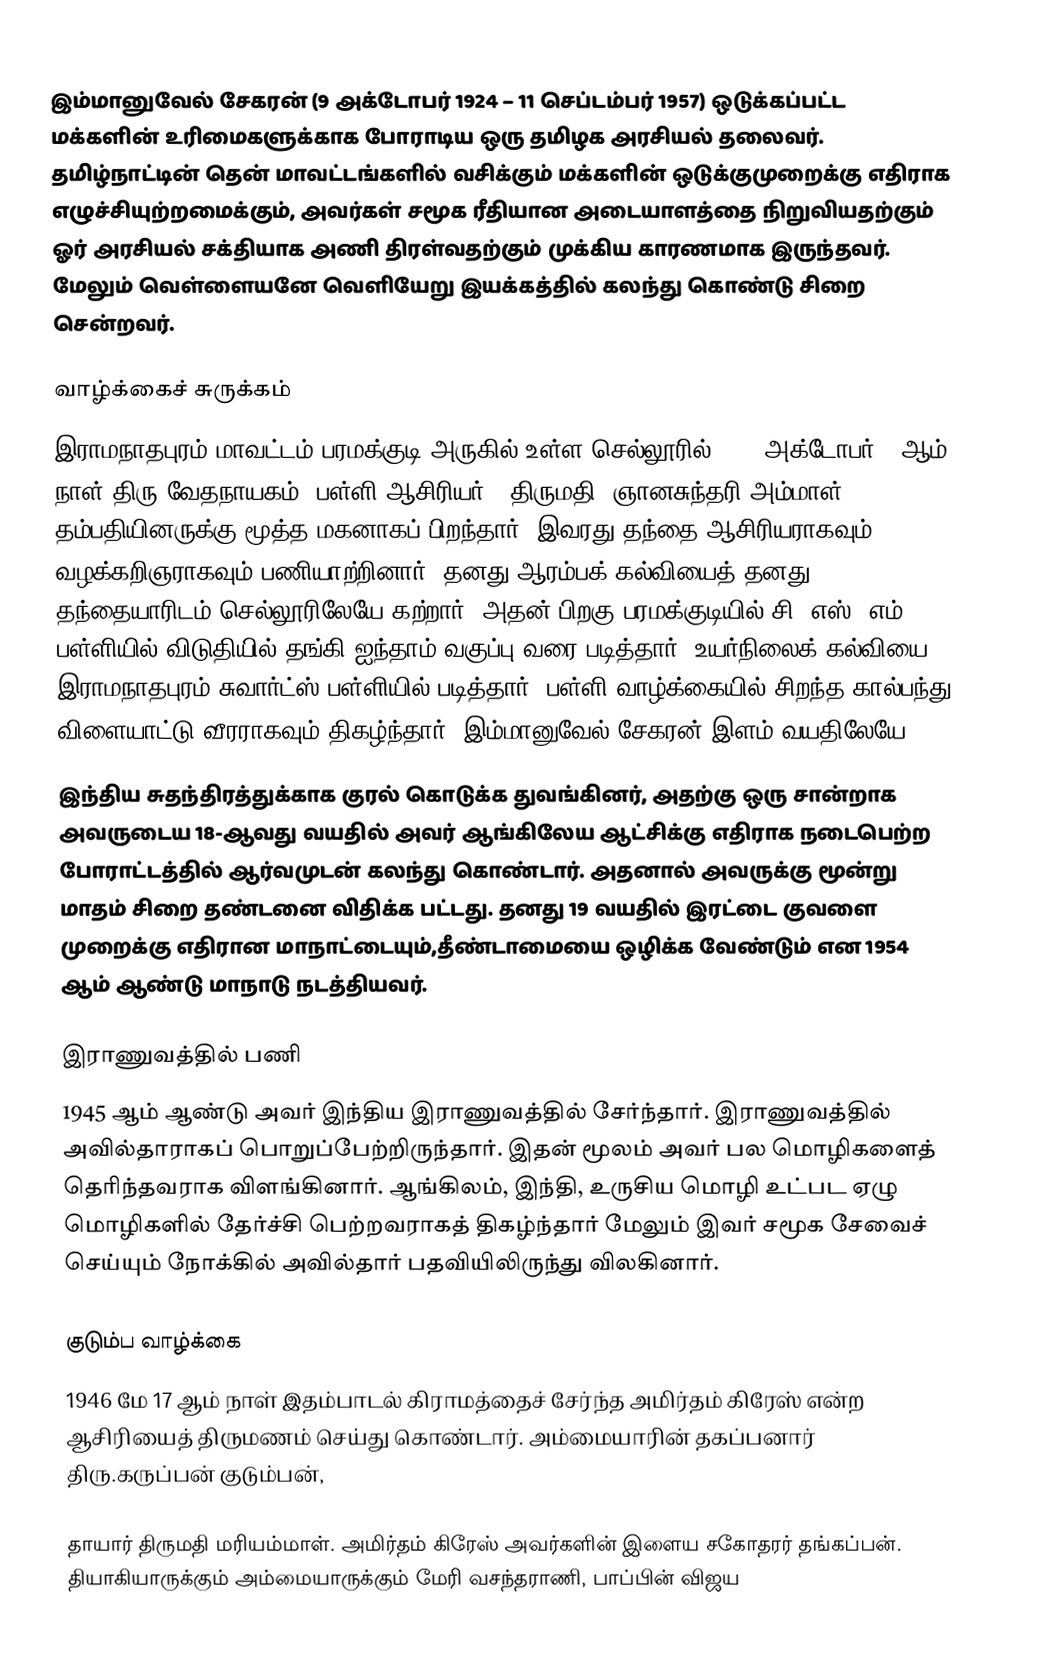
இம்மானுவேல் சேகரன் (9 அக்டோபர் 1924  –  11 செப்டம்பர் 1957)  ஒடுக்கப்பட்ட மக்களின் உரிமைகளுக்காக போராடிய ஒரு தமிழக அரசியல் தலைவர். தமிழ்நாட்டின் தென் மாவட்டங்களில் வசிக்கும் மக்களின்  ஒடுக்குமுறைக்கு எதிராக எழுச்சியுற்றமைக்கும், அவர்கள் சமூக ரீதியான அடையாளத்தை நிறுவியதற்கும் ஓர் அரசியல் சக்தியாக அணி திரள்வதற்கும் முக்கிய காரணமாக இருந்தவர். மேலும் வெள்ளையனே வெளியேறு இயக்கத்தில் கலந்து கொண்டு சிறை சென்றவர்.

வாழ்க்கைச் சுருக்கம்
இராமநாதபுரம் மாவட்டம் பரமக்குடி அருகில் உள்ள செல்லூரில் 1924 அக்டோபர் 9 ஆம் நாள் திரு.வேதநாயகம் (பள்ளி ஆசிரியர்), திருமதி. ஞானசுந்தரி அம்மாள் தம்பதியினருக்கு மூத்த மகனாகப் பிறந்தார். இவரது தந்தை ஆசிரியராகவும் வழக்கறிஞராகவும் பணியாற்றினார். தனது ஆரம்பக் கல்வியைத் தனது தந்தையாரிடம் செல்லூரிலேயே கற்றார். அதன் பிறகு பரமக்குடியில் சி. எஸ். எம். பள்ளியில் விடுதியில் தங்கி ஐந்தாம் வகுப்பு வரை படித்தார். உயர்நிலைக் கல்வியை இராமநாதபுரம் சுவார்ட்ஸ் பள்ளியில் படித்தார். பள்ளி வாழ்க்கையில் சிறந்த கால்பந்து விளையாட்டு வீரராகவும் திகழ்ந்தார். இம்மானுவேல் சேகரன் இளம் வயதிலேயே
இந்திய சுதந்திரத்துக்காக குரல் கொடுக்க துவங்கினர், அதற்கு ஒரு சான்றாக அவருடைய 18-ஆவது வயதில் அவர் ஆங்கிலேய ஆட்சிக்கு எதிராக நடைபெற்ற போராட்டத்தில் ஆர்வமுடன் கலந்து கொண்டார். அதனால் அவருக்கு மூன்று மாதம் சிறை தண்டனை விதிக்க பட்டது. தனது 19 வயதில் இரட்டை குவளை முறைக்கு எதிரான மாநாட்டையும்,தீண்டாமையை ஒழிக்க வேண்டும் என 1954 ஆம் ஆண்டு மாநாடு நடத்தியவர்.

இராணுவத்தில் பணி
1945 ஆம் ஆண்டு அவர் இந்திய இராணுவத்தில் சேர்ந்தார். இராணுவத்தில் அவில்தாராகப் பொறுப்பேற்றிருந்தார். இதன் மூலம் அவர் பல மொழிகளைத் தெரிந்தவராக விளங்கினார். ஆங்கிலம், இந்தி, உருசிய மொழி உட்பட ஏழு மொழிகளில் தேர்ச்சி பெற்றவராகத் திகழ்ந்தார் மேலும் இவர் சமூக சேவைச் செய்யும் நோக்கில் அவில்தார் பதவியிலிருந்து விலகினார்.

குடும்ப வாழ்க்கை
1946 மே 17 ஆம் நாள் இதம்பாடல் கிராமத்தைச் சேர்ந்த அமிர்தம் கிரேஸ் என்ற ஆசிரியைத் திருமணம் செய்து கொண்டார். அம்மையாரின் தகப்பனார் திரு.கருப்பன் குடும்பன்,

தாயார் திருமதி மரியம்மாள். அமிர்தம் கிரேஸ் அவர்களின் இளைய சகோதரர் தங்கப்பன். தியாகியாருக்கும் அம்மையாருக்கும்  மேரி வசந்தராணி, பாப்பின் விஜய